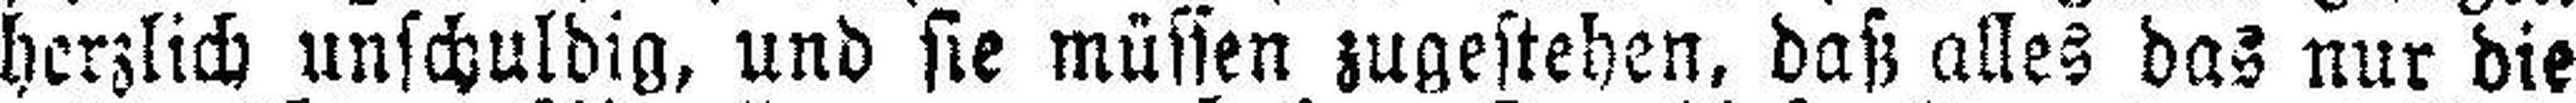
herzlich unschuldig, und sie müssen zugestehen, daß alles das nur die